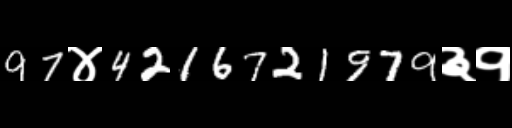
Text: 97४4216721979३१